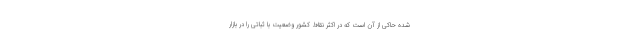
شده حاکی از آن است که در اکثر نقاط کشور وضعیت با ثباتی را در بازار